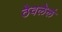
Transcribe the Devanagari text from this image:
ठेवलेलं